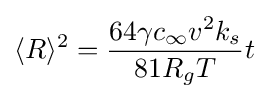
\langle R\rangle ^{2}={\frac {64\gamma c_{\infty }v^{2}k_{s}}{81R_{g}T}}t